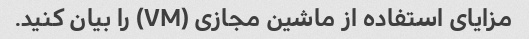
مزایای استفاده از ماشین مجازی (VM) را بیان کنید.